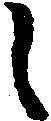
く